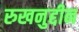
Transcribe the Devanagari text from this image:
रुखनुद्दीन